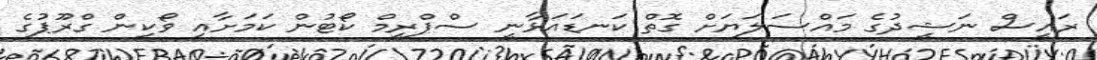
ރައީސް ނަޝީދުގެ މައްސަލަޔަށް ގޮތް ކަނޑައަޅާނީ ސްޕްރީމް ކޯޓުން ކަމަށާއި ވޯކިން ގްރޫޕުގެ